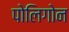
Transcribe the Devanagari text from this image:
पोलिगोन